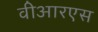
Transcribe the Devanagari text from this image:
वीआरएस